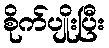
စိုက်ပျိုးပြီး